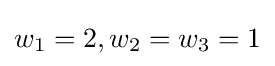
w_{1}=2,w_{2}=w_{3}=1